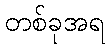
တစ်ခုအရ